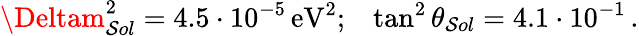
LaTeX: \Deltam_{\mathcal{S}ol}^{2}=4.5\cdot10^{-5}\, \mathrm{{eV}}^{2};\, ~~\tan^{2}\theta_{\mathcal{S}ol}=4.1\cdot10^{-1}\, .